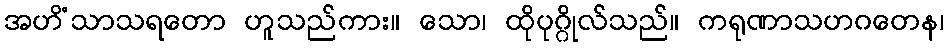
အဟိံသာသရတော ဟူသည်ကား။ သော၊ ထိုပုဂ္ဂိုလ်သည်။ ကရုဏာသဟဂတေန၊